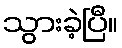
သွားခဲ့ပြီ။